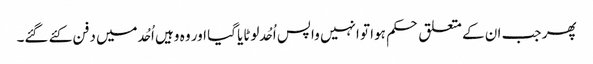
پھر جب ان کے متعلق حکم ہوا تو انہیں واپس اُحُد لوٹایا گیا اور وہ وہیں اُحُد میں دفن کئے گئے۔